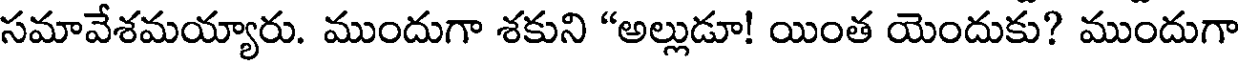
సమావేశమయ్యారు. ముందుగా శకుని "అల్లుడూ! యింత యెందుకు? ముందుగా